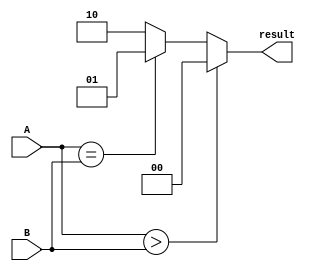
module comparator(
    input [3:0] A,
    input [3:0] B,
    output reg [1:0] result
);

always @* begin
    if (A > B)
        result = 2'b00; // A>B
    else if (A == B)
        result = 2'b01; // A=B
    else
        result = 2'b10; // A<B
end

endmodule